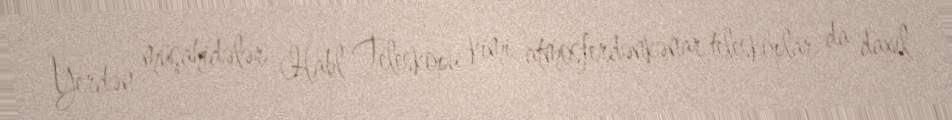
Yerdən müşahidələr Habl Teleskopu kimi atmosferdənkənar teleskoplar da daxil